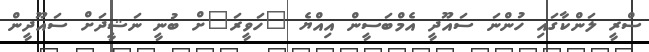
ސްރީ ލަންކާގައި ހުންނަ ސައޫދީ އެމްބަސީން އިއްޔެ "ހަވީރަ"ށް ބުނީ ނަޝީދަށް ސައޫދީން